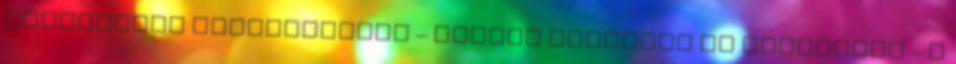
tisztított helyiségeket – fedett fürdőket és uszodákat – a